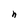
Character: n